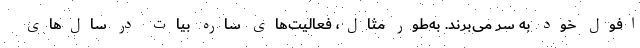
افول خود به سر می‌برند. به‌طور مثال، فعالیت‌های ساره بیات در سال‌های